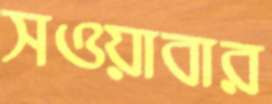
সওয়াবার